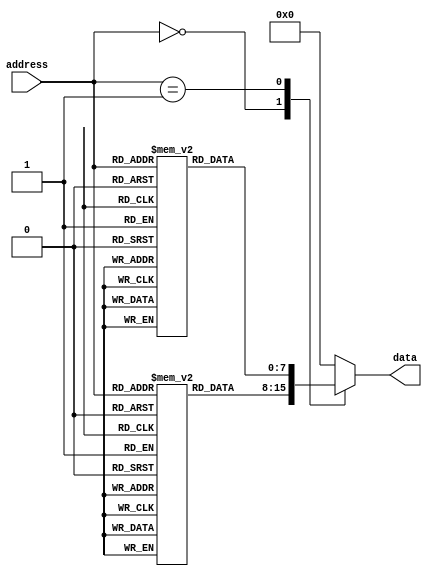
module mask_programmed_rom(
    input wire [addr_width-1:0] address,
    output reg [data_width-1:0] data
);

parameter addr_width = 8; // Width of the address bus
parameter data_width = 8; // Width of the data bus

// Define memory contents here
// Consider each memory block as an array initialized with data values
reg [data_width-1:0] memory_block0 [0:255];
reg [data_width-1:0] memory_block1 [0:255];
// Add more memory blocks as required

always @(*) begin
    case(address)
        8'h00: data = memory_block0[address];
        8'h01: data = memory_block1[address];
        // Add more cases to select data based on address
        default: data = 8'h00; // Default value when address is invalid
    endcase
end

endmodule